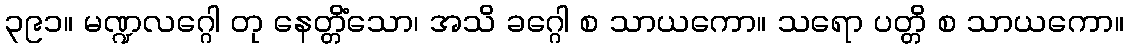
၃၉၁။ မဏ္ဍလဂ္ဂေါ တု နေတ္တိံသော၊ အသိ ခဂ္ဂေါ စ သာယကော။ သရော ပတ္တိ စ သာယကော။